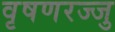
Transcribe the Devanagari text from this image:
वृषणरज्जु